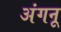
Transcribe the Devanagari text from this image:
अंगनू